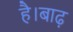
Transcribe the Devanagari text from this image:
है।बाढ़